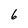
Character: 6